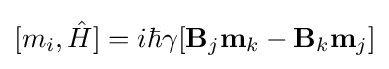
[m_{i},{\hat {H}}]=i\hbar \gamma [\mathbf {B} _{j}\mathbf {m} _{k}-\mathbf {B} _{k}\mathbf {m} _{j}]